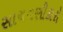
સાચવણીકારો